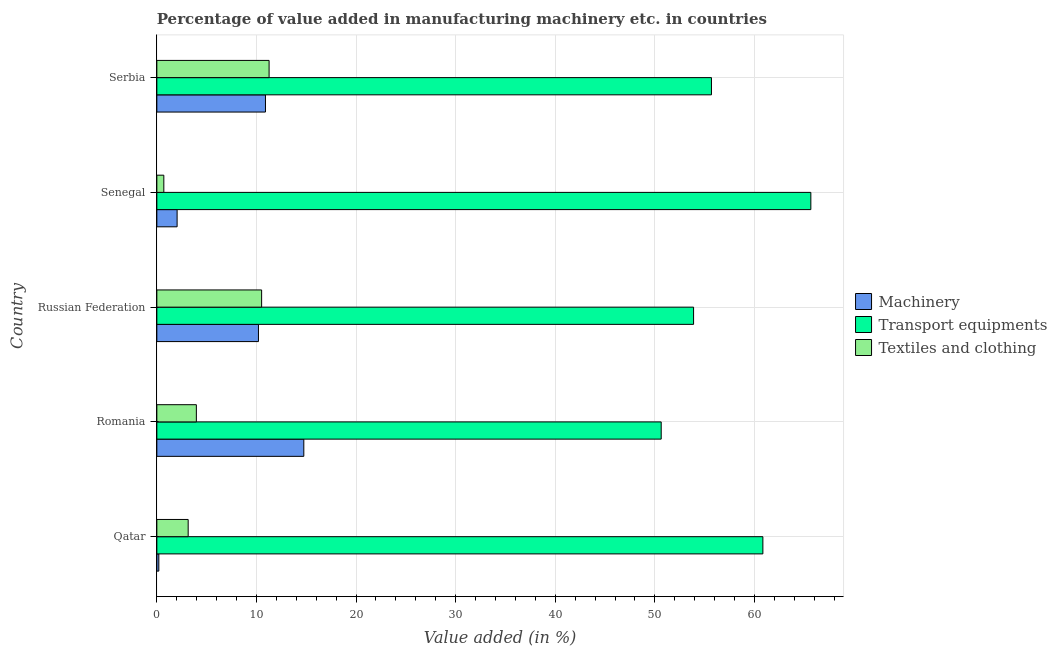
| Country | Machinery | Transport equipments | Textiles and clothing |
 | --- | --- | --- | --- |
 | Qatar | 0.199 | 60.8 | 3.14 |
 | Romania | 14.8 | 50.6 | 3.97 |
 | Russian Federation | 10.2 | 53.9 | 10.5 |
 | Senegal | 2.03 | 65.7 | 0.701 |
 | Serbia | 10.9 | 55.7 | 11.3 |